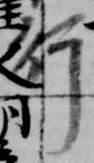
行